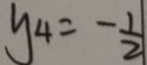
y _ { 4 } = - \frac { 1 } { 2 }